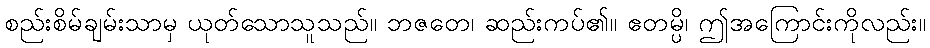
စည်းစိမ်ချမ်းသာမှ ယုတ်သောသူသည်။ ဘဇတေ၊ ဆည်းကပ်၏။ ဧတမ္ပိ၊ ဤအကြောင်းကိုလည်း။